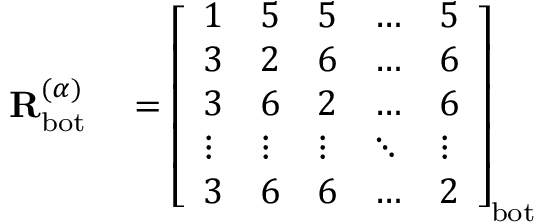
\begin{array} { r l } { \mathbf { R } _ { \mathrm { b o t } } ^ { ( \alpha ) } } & { { } = \left[ \begin{array} { l l l l l } { 1 } & { 5 } & { 5 } & { \dots } & { 5 } \\ { 3 } & { 2 } & { 6 } & { \dots } & { 6 } \\ { 3 } & { 6 } & { 2 } & { \dots } & { 6 } \\ { \vdots } & { \vdots } & { \vdots } & { \ddots } & { \vdots } \\ { 3 } & { 6 } & { 6 } & { \dots } & { 2 } \end{array} \right] _ { \mathrm { b o t } } } \end{array}